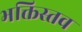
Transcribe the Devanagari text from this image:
भक्तिस्तव